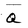
Character: Q